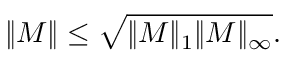
\| M \| \leq \sqrt { \| M \| _ { 1 } \| M \| _ { \infty } } .